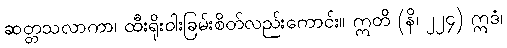
ဆတ္တသလာကာ၊ ထီးရိုးဝါးခြမ်းစိတ်လည်းကောင်း။ ဣတိ (နိ၊ ၂၂၄) ဣဒံ၊